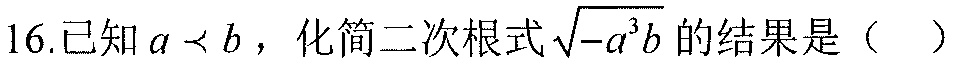
16.已知\(a < b\)，化简二次根式\(\sqrt{-a^{3}b}\)的结果是（  ）